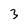
Character: 3